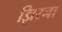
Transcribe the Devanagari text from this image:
झिरना